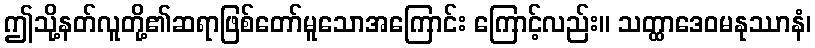
ဤသို့နတ်လူတို့၏ဆရာဖြစ်တော်မူသောအကြောင်း ကြောင့်လည်း။ သတ္ထာဒေဝမနုဿာနံ၊